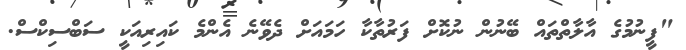
"ފީނުމުގެ އާލާތްތައް ބޭނުން ނުކޮށް ފަރުތާކާ ހަމައަށް ދެވޭނެ އެންމެ ކައިރިއަކީ ސަބްސިކްސް.